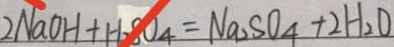
2 N a O H + H _ { 2 } S O _ { 4 } = N a _ { 2 } S O _ { 4 } + 2 H _ { 2 } O